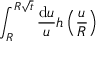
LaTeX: \int _ { R } ^ { R \sqrt { t } } \frac { \mathrm { d } u } { u } h \left( \frac { u } { R } \right)